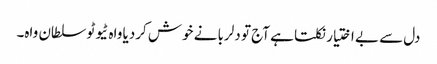
دل سے بے اختیار نکلتا ہے آج تو دلربا نے خوش کردیا واہ ٹیوٹو سلطان واہ۔